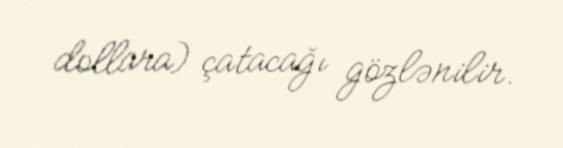
dollara) çatacağı gözlənilir.